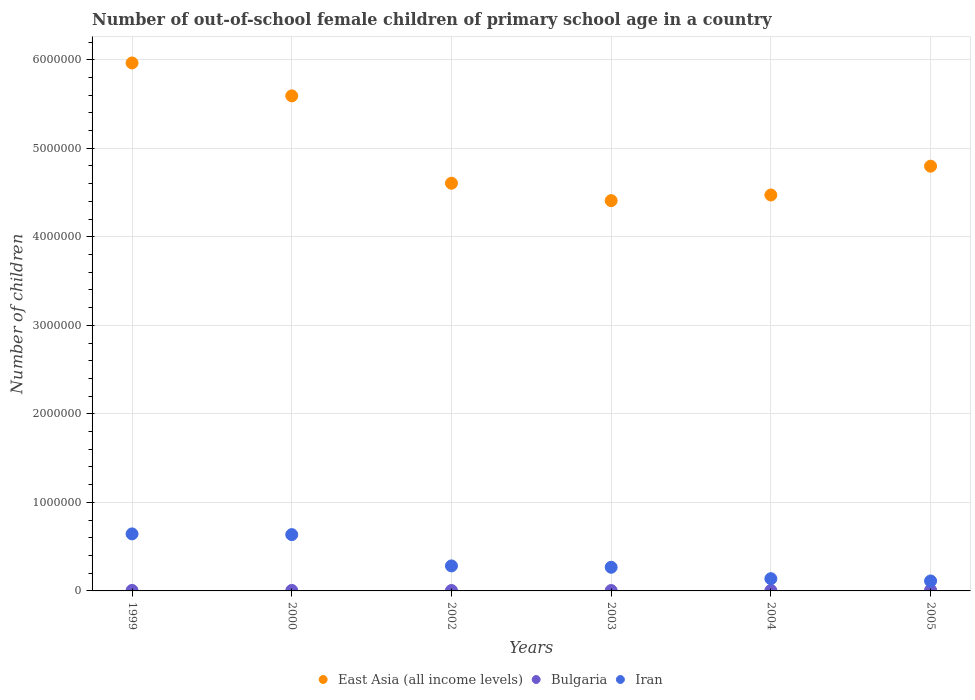
| Years | East Asia (all income levels) | Bulgaria | Iran |
 | --- | --- | --- | --- |
 | 1999 | 5.96e+06 | 5.33e+03 | 6.44e+05 |
 | 2000 | 5.59e+06 | 5.36e+03 | 6.36e+05 |
 | 2002 | 4.61e+06 | 4.76e+03 | 2.83e+05 |
 | 2003 | 4.41e+06 | 4.35e+03 | 2.67e+05 |
 | 2004 | 4.47e+06 | 4.72e+03 | 1.38e+05 |
 | 2005 | 4.8e+06 | 8.74e+03 | 1.12e+05 |